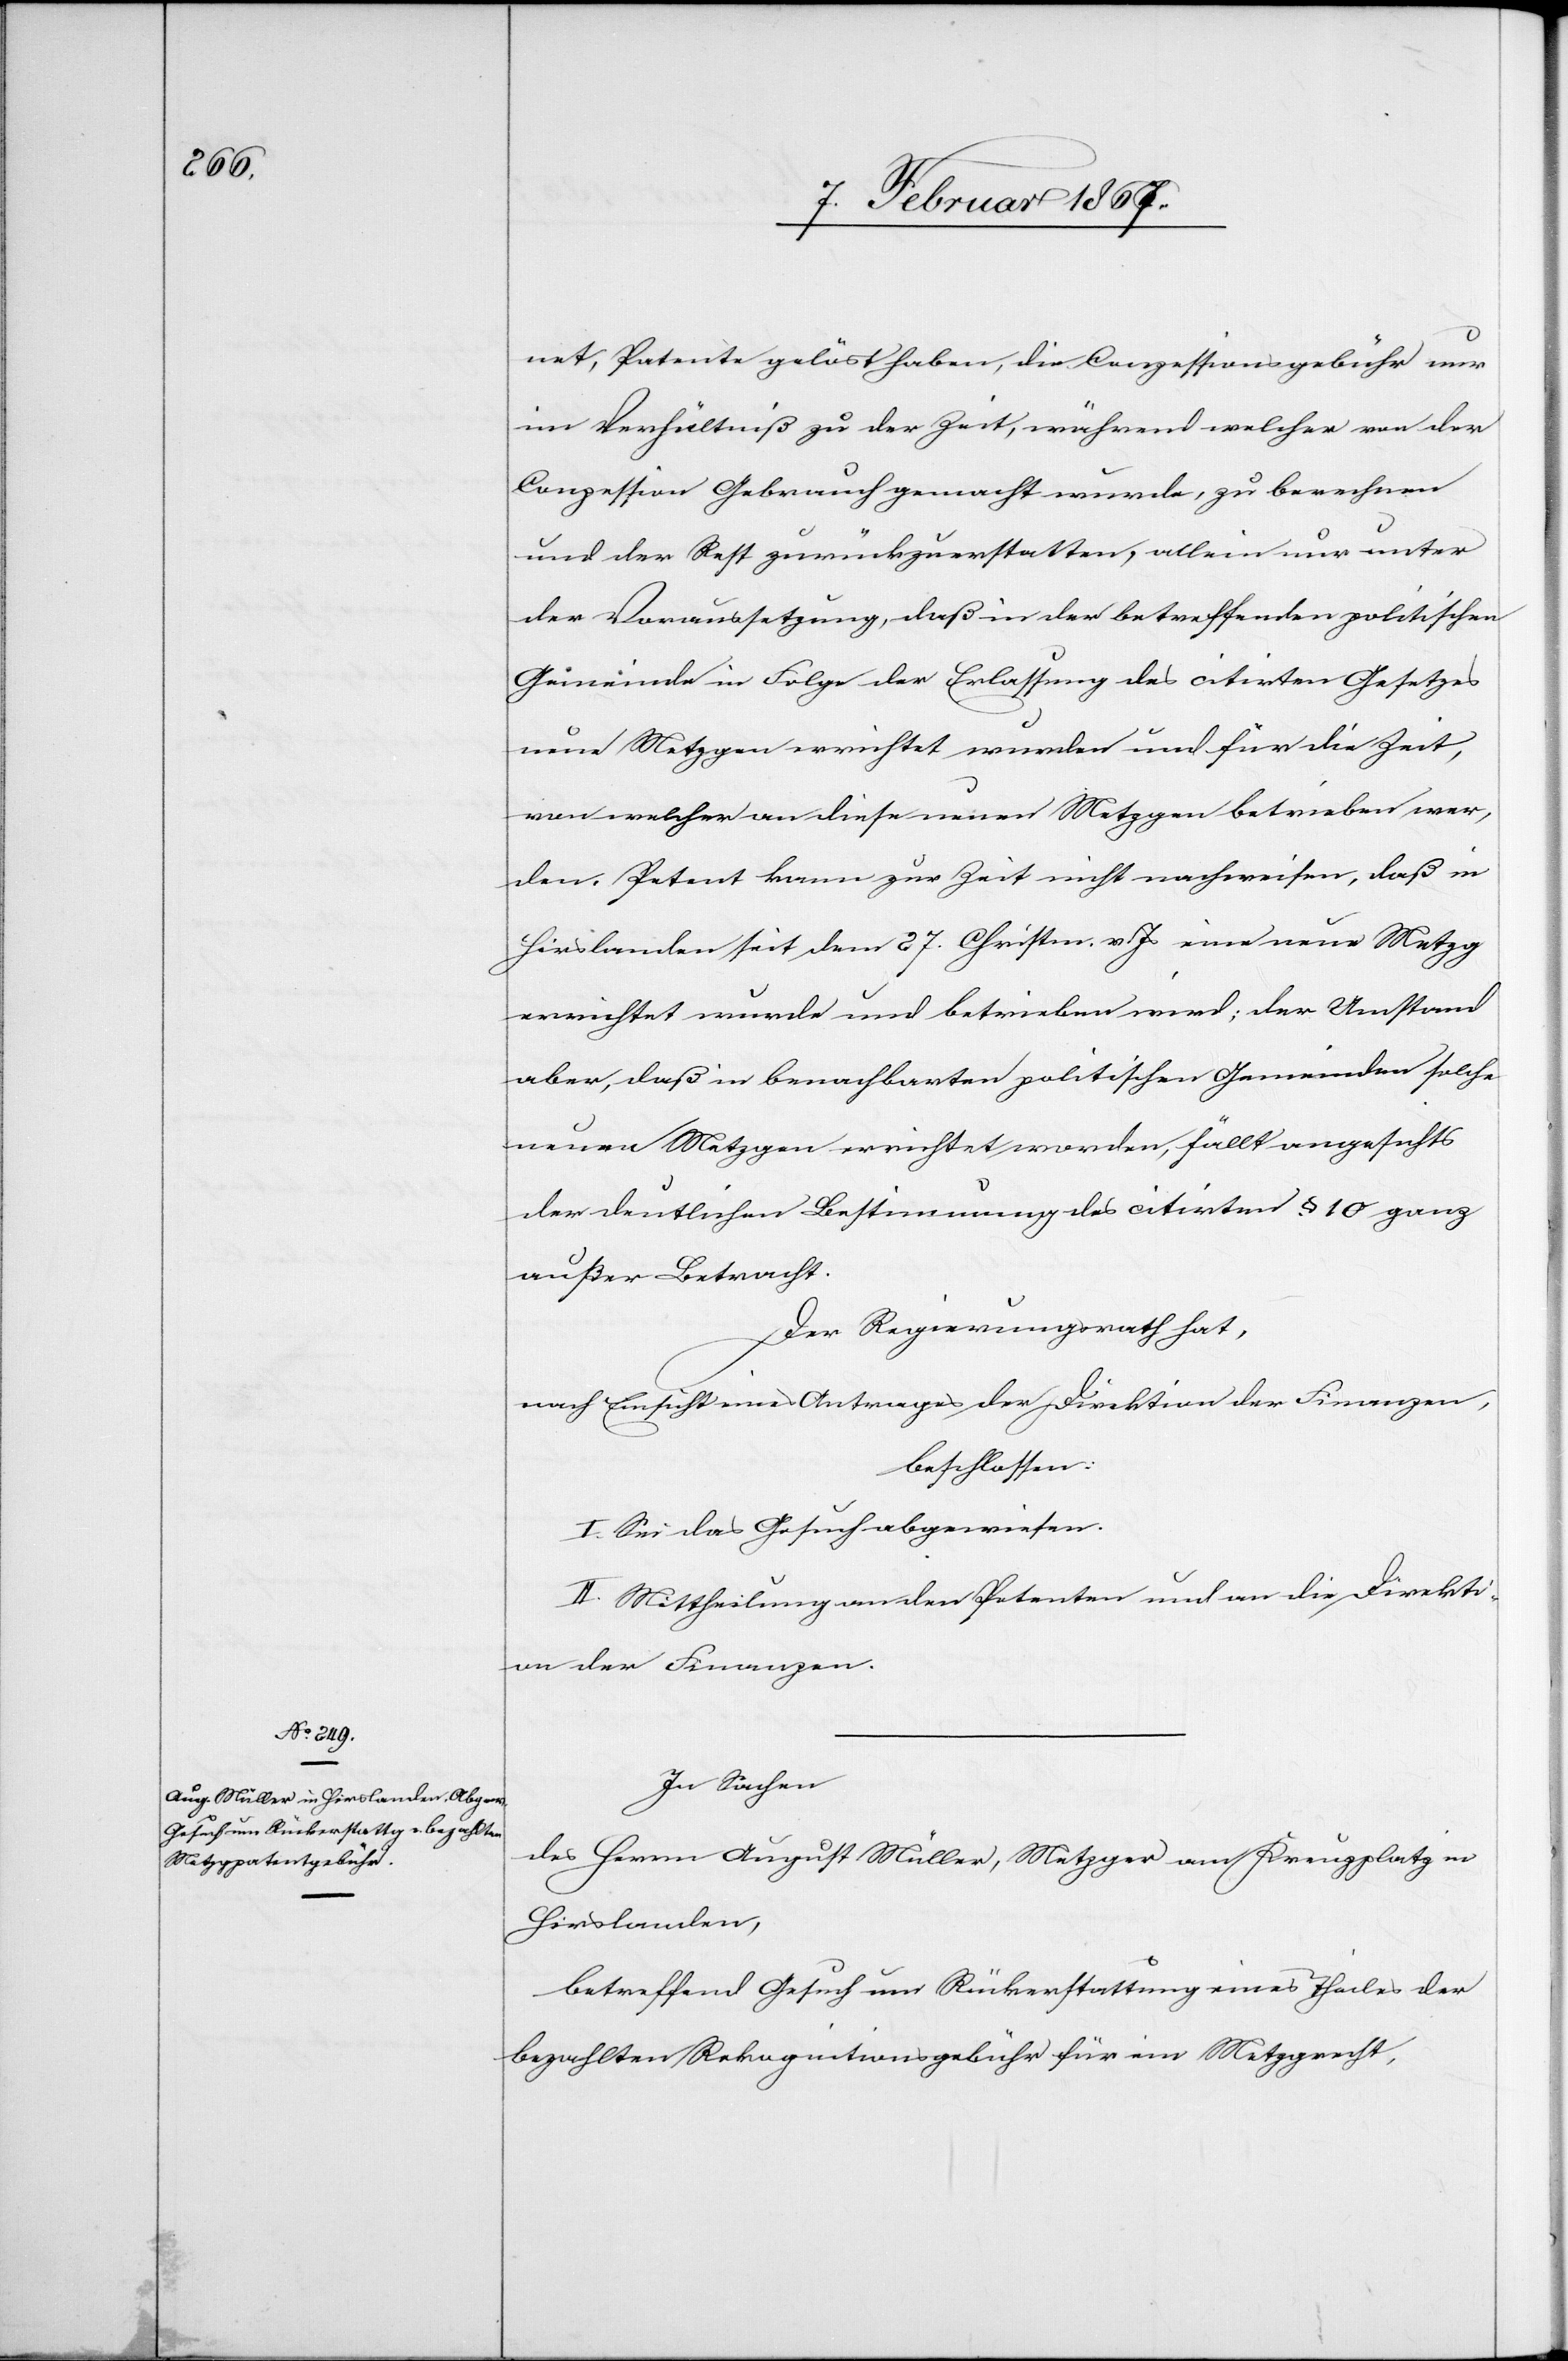
net, Patente gelöst haben, die Conzessionsgebühr nur
im Verhältniß zu der Zeit, während welcher von der
Conzession Gebrauch gemacht wurde, zu berechnen
und der Rest zurückzuerstatten, allein nur unter
der Voraussetzung, daß in der betreffenden politischen
Gemeinde in Folge der Erlassung des citirten Gesetzes
neue Metzgen errichtet wurden und für die Zeit,
von welcher an diese neuen Metzgen betrieben wer¬
den. Petent kann zur Zeit nicht nachweisen, daß in
Hirslanden seit dem 27. Christm. v Js eine neue Metzg
errichtet wurde und betrieben wird; der Umstand
aber, daß in benachbarten politischen Gemeinden solche
neuen Metzgen errichtet worden, fällt angesichts
der deutlichen Bestimmung des citirten § 10 ganz
außer Betracht.
Der Regierungsrath hat,
nach Einsicht eines Antrages der Direktion der Finanzen,
beschlossen:
I. Sei das Gesuch abgewiesen.
II. Mittheilung an den Petenten und an die Direkti¬
on der Finanzen.
In Sachen
des Herrn August Müller, Metzger am Kreuzplatz in
Hirslanden,
betreffend Gesuch um Rückerstattung eines Theiles der
bezahlten Rekognitionsgebühr für ein Metzgrecht,